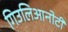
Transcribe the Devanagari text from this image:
गिउलिआनोटी